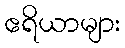
ဧရိယာများ